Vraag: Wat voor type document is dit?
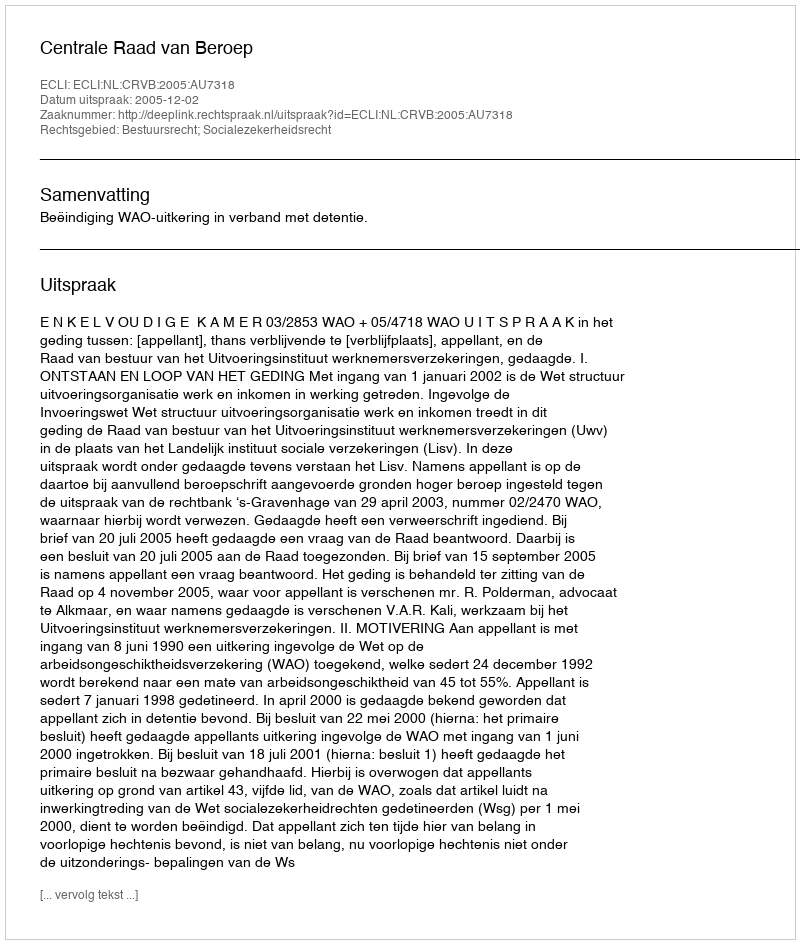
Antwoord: Uitspraak